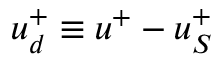
u _ { d } ^ { + } \equiv u ^ { + } - u _ { S } ^ { + }